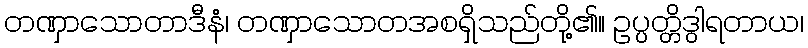
တဏှာသောတာဒီနံ၊ တဏှာသောတအစရှိသည်တို့၏။ ဥပ္ပတ္တိဒွါရတာယ၊